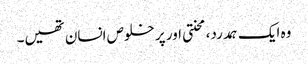
وہ ایک ہمدرد، محنتی اور پر خلوص انسان تھیں۔